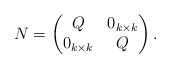
\begin{align*}N=\begin{pmatrix}Q & 0_{k\times k}\\0_{k\times k} & Q\end{pmatrix}.\end{align*}